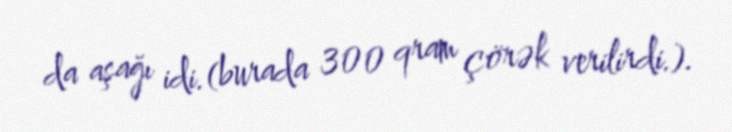
da aşağı idi.(burada 300 qram çörək verilirdi.).